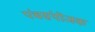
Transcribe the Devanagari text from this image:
पंचसंयोजक